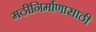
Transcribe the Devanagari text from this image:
मठीनिर्माणासाठी